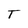
Character: T